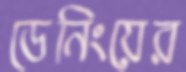
ডেনিংয়ের